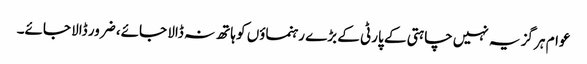
عوام ہر گز یہ نہیں چاہتی کے پارٹی کے بڑے رہنماؤں کو ہاتھ نہ ڈالا جائے، ضرور ڈالا جائے۔